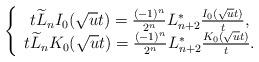
LaTeX: \begin{align*}\left\{ \begin{array}{c}t\widetilde L_nI_0(\sqrt{u}t)=\frac{(-1)^n}{2^n}L^*_{n+2}\frac{I_0(\sqrt{u}t)}{t}, \\t\widetilde L_nK_0(\sqrt{u}t)=\frac{(-1)^n}{2^n}L^*_{n+2}\frac{K_0(\sqrt{u}t)}{t}. \\\end{array} \right.\end{align*}